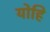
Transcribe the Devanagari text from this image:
योहि